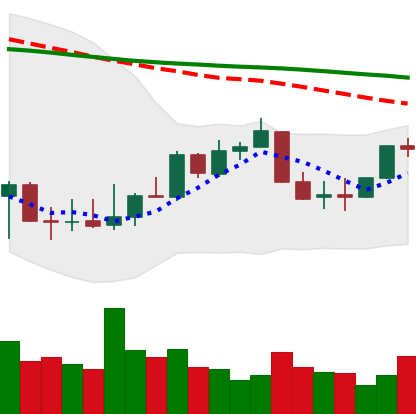
Ticker: XLM-USD
Chart end date: 2022-01-03
Forward return: -11.754%
Label: down_7plus